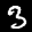
Label: 3